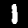
Label: 1